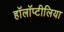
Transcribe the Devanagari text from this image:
हॉलॉप्टीलिया